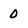
Character: 0